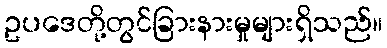
ဥပဒေတို့တွင်ခြားနားမှုများရှိသည်။